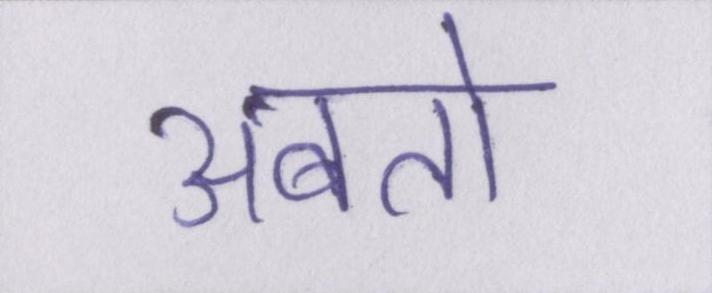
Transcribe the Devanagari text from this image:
अबतो